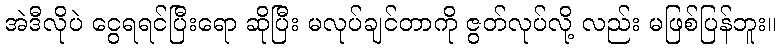
အဲဒီလိုပဲ ငွေရရင်ပြီးရော ဆိုပြီး မလုပ်ချင်တာကို ဇွတ်လုပ်လို့ လည်း မဖြစ်ပြန်ဘူး။